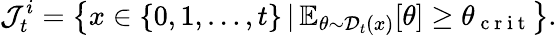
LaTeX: \mathcal{J}_{t}^{i}=\big\{ x\in\{ 0,1,\ldots,t\} \, |\, \mathbb{E}_{\theta\sim\mathcal{D}_{t}(x)}[\theta]\geq\theta_{\mathrm{~c~r~i~t~}}\big\} .